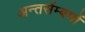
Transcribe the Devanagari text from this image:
अन्तर्सम्बधों